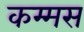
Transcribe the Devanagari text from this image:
कम्मस